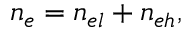
n _ { e } = n _ { e l } + n _ { e h } ,